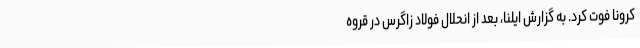
کرونا فوت کرد. به گزارش ایلنا، بعد از انحلال فولاد زاگرس در قروه